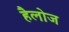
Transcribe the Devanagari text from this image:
हैलोज